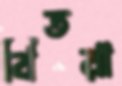
বিতরা